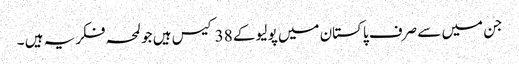
جن میں سے صرف پاکستان میں پولیو کے 38 کیس ہیں جو لمحہ فکریہ ہیں ۔